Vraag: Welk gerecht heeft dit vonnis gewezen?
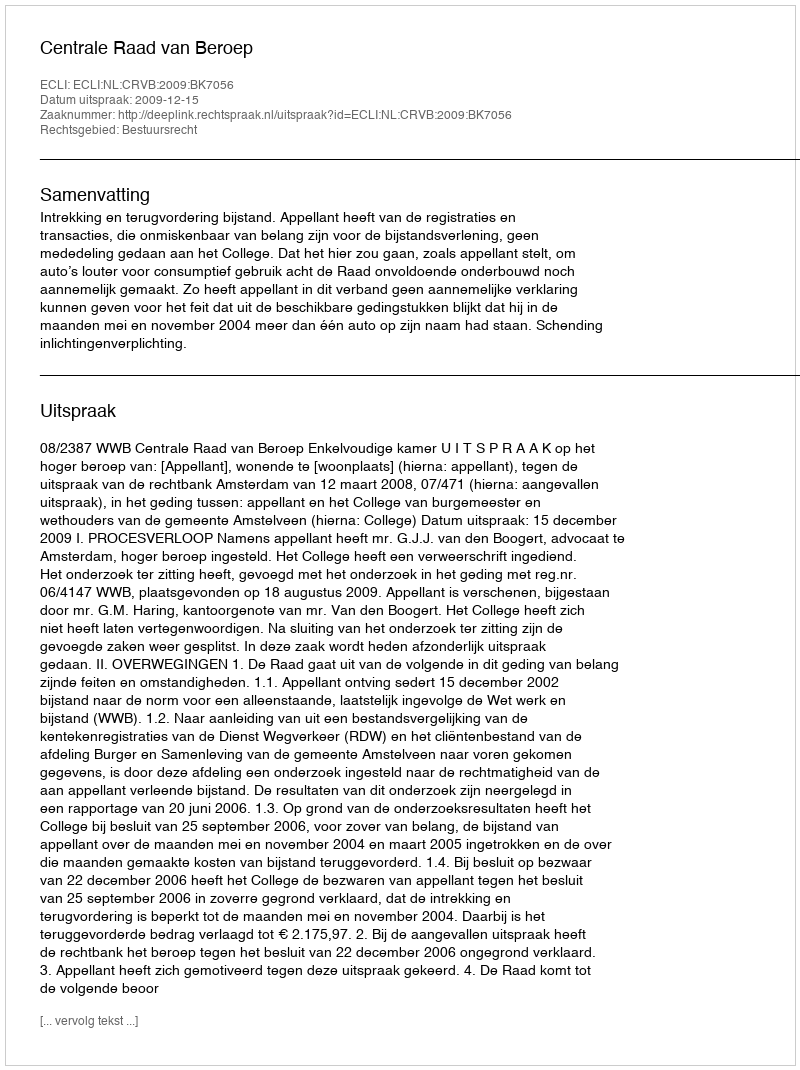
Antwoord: Centrale Raad van Beroep